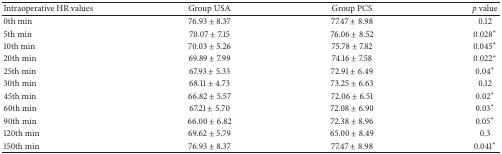
<table><thead><tr><td><b>Intraoperative HR values</b></td><td><b>Group USA</b></td><td><b>Group PCS</b></td><td><b><i>p</i> value </b></td></tr></thead><tbody><tr><td>0th min</td><td>76.93 ± 8.37</td><td>77.47 ± 8.98</td><td>0.12</td></tr><tr><td>5th min</td><td>70.07 ± 7.15</td><td>76.06 ± 8.52</td><td>0.028<sup><i>∗</i></sup></td></tr><tr><td>10th min</td><td>70.03 ± 5.26</td><td>75.78 ± 7.82</td><td>0.045<sup><i>∗</i></sup></td></tr><tr><td>20th min</td><td>69.89 ± 7.99</td><td>74.16 ± 7.58</td><td>0.022<sup><i>∗</i></sup></td></tr><tr><td>25th min</td><td>67.93 ± 5.33</td><td>72.91 ± 6.49</td><td>0.04<sup><i>∗</i></sup></td></tr><tr><td>30th min</td><td>68.11 ± 4.73</td><td>73.25 ± 6.63</td><td>0.12</td></tr><tr><td>45th min</td><td>66.82 ± 5.57</td><td>72.06 ± 6.51</td><td>0.02<sup><i>∗</i></sup></td></tr><tr><td>60th min</td><td>67.21 ± 5.70</td><td>72.08 ± 6.90</td><td>0.03<sup><i>∗</i></sup></td></tr><tr><td>90th min</td><td>66.00 ± 6.82</td><td>72.38 ± 8.96</td><td>0.05<sup><i>∗</i></sup></td></tr><tr><td>120th min</td><td>69.62 ± 5.79</td><td>65.00 ± 8.49</td><td>0.3</td></tr><tr><td>150th min</td><td>76.93 ± 8.37</td><td>77.47 ± 8.98</td><td>0.041<sup><i>∗</i></sup></td></tr></tbody></table>